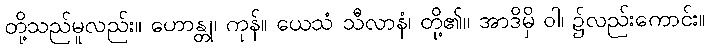
တို့သည်မူလည်း။ ဟောန္တု၊ ကုန်။ ယေသံ သီလာနံ၊ တို့၏။ အာဒိမှိ ဝါ၊ ၌လည်းကောင်း။